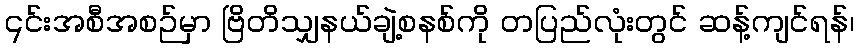
၎င်းအစီအစဉ်မှာ ဗြိတိသျှနယ်ချဲ့စနစ်ကို တပြည်လုံးတွင် ဆန့်ကျင်ရန်၊